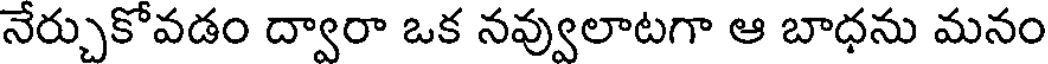
నేర్చుకోవడం ద్వారా ఒక నవ్వులాటగా ఆ బాధను మనం